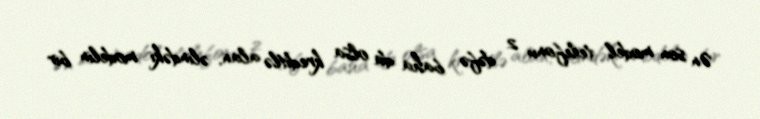
Ən son model telefonu 2 dəfə baha da olsa kreditlə alan, əlindəki modelin bir